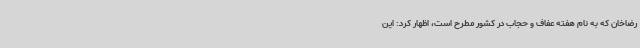
رضاخان که به نام هفته عفاف و حجاب در کشور مطرح است، اظهار کرد: این